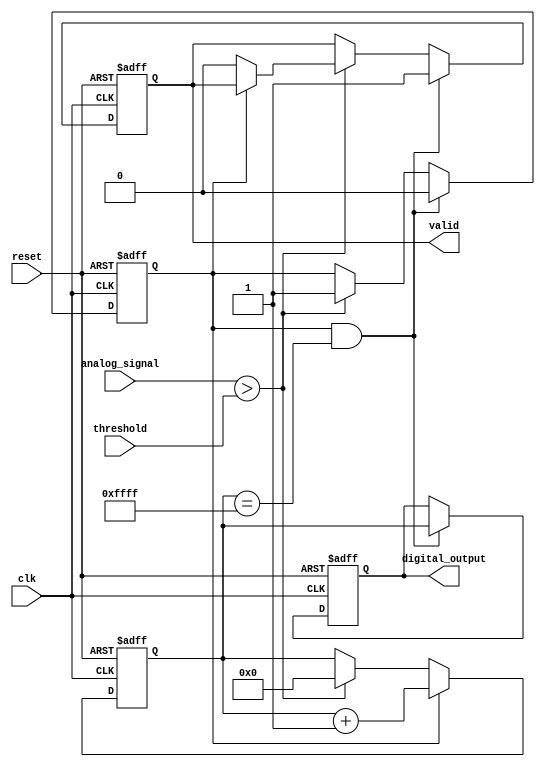
module ATDC (
    input wire clk,                // Sampling clock
    input wire reset,              // Asynchronous reset
    input wire analog_signal,       // Analog input signal (assumed to be a digital representation)
    input wire threshold,           // Threshold level for comparison
    output reg [15:0] digital_output, // Digital output representing time interval
    output reg valid               // Output valid signal
);

    reg counting;                  // State to indicate if counting is active
    reg [15:0] counter;            // Counter for time measurement

    // Comparator logic to detect when the analog signal exceeds the threshold
    always @(posedge clk or posedge reset) begin
        if (reset) begin
            counting <= 0;
            counter <= 0;
            digital_output <= 0;
            valid <= 0;
        end else begin
            if (analog_signal > threshold) begin
                if (!counting) begin
                    counting <= 1; // Start counting
                    counter <= 0;  // Reset counter
                    valid <= 0;    // Reset valid signal
                end
            end
            
            if (counting) begin
                counter <= counter + 1; // Increment counter
            end
            
            // Stop counting on the next clock edge (for simulation purposes, we assume it stops after a certain condition)
            if (counting && (counter == 16'hFFFF)) begin // Example condition to stop counting
                counting <= 0; // Stop counting
                digital_output <= counter; // Latch counter value to output
                valid <= 1; // Indicate output is valid
            end
        end
    end

endmodule